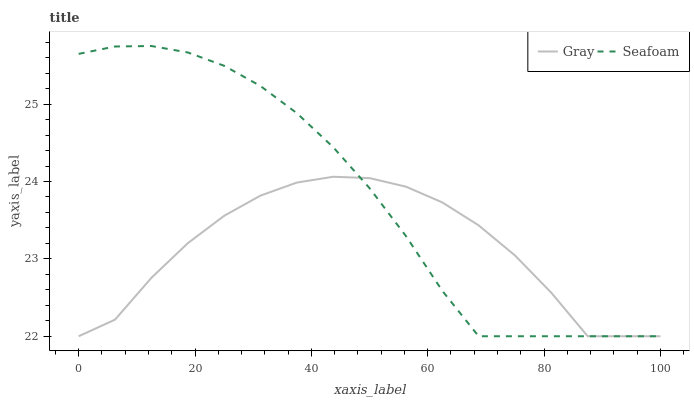
| xaxis_label | Gray | Seafoam |
 | --- | --- | --- |
 | 0 | 22 | 25.6 |
 | 6.25 | 22.2 | 25.7 |
 | 12.5 | 22.8 | 25.8 |
 | 18.8 | 23.2 | 25.7 |
 | 25 | 23.6 | 25.5 |
 | 31.2 | 23.8 | 25.2 |
 | 37.5 | 24 | 24.9 |
 | 43.8 | 24.1 | 24.4 |
 | 50 | 24 | 23.9 |
 | 56.2 | 23.9 | 23.3 |
 | 62.5 | 23.7 | 22.6 |
 | 68.8 | 23.4 | 22 |
 | 75 | 23 | 22 |
 | 81.2 | 22.6 | 22 |
 | 87.5 | 22 | 22 |
 | 93.8 | 22 | 22 |
 | 100 | 22 | 22 |